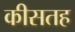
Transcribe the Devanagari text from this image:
कीसतह